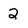
Character: 2